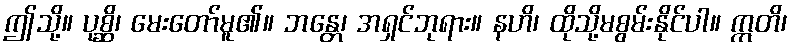
ဤသို့။ ပုစ္ဆိ၊ မေးတော်မူ၏။ ဘန္တေ၊ အရှင်ဘုရား။ နဟိ၊ ထိုသို့မစွမ်းနိုင်ပါ။ ဣတိ၊